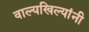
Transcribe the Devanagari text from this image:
वाल्यखिल्यांनी